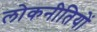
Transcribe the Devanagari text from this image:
लोकनीतियों